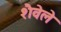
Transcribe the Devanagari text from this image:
शैवेले